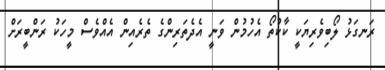
ރަނގަޅު ލޯބިވެރިޔަކީ ކާކުތޯ އެހުމުން ވަނީ އެދެތަރިންގެ ތެރެއިން އެއްވެސް މީހަކު ރަންބީރަށް